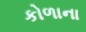
કોળાના